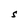
Character: S